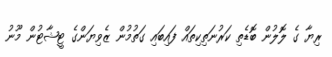
ރިޔާ ގެ ލޮލުން ބޮޑެތި ކަރުނަތިކިތައް ފައިބައި ގަތުމުން ޒެވިޔަންގެ ޓީޝާޓުން މޫނު